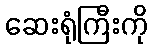
ဆေးရုံကြီးကို